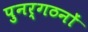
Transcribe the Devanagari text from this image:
पुनर्गठनों